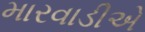
મારવાડીએ